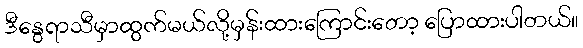
ဒီနွေရာသီမှာထွက်မယ်လို့မှန်းထားကြောင်းတော့ ပြောထားပါတယ်။